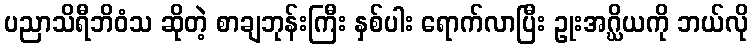
ပညာသိရီဘိဝံသ ဆိုတဲ့ စာချဘုန်းကြီး နှစ်ပါး ရောက်လာပြီး ဥုးအဂ္ဃိယကို ဘယ်လို